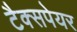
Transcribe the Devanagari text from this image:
टैक्सपेयर